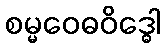
စမ္မဝေဓဝိဒ္ဓေါ